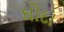
ઘોદા